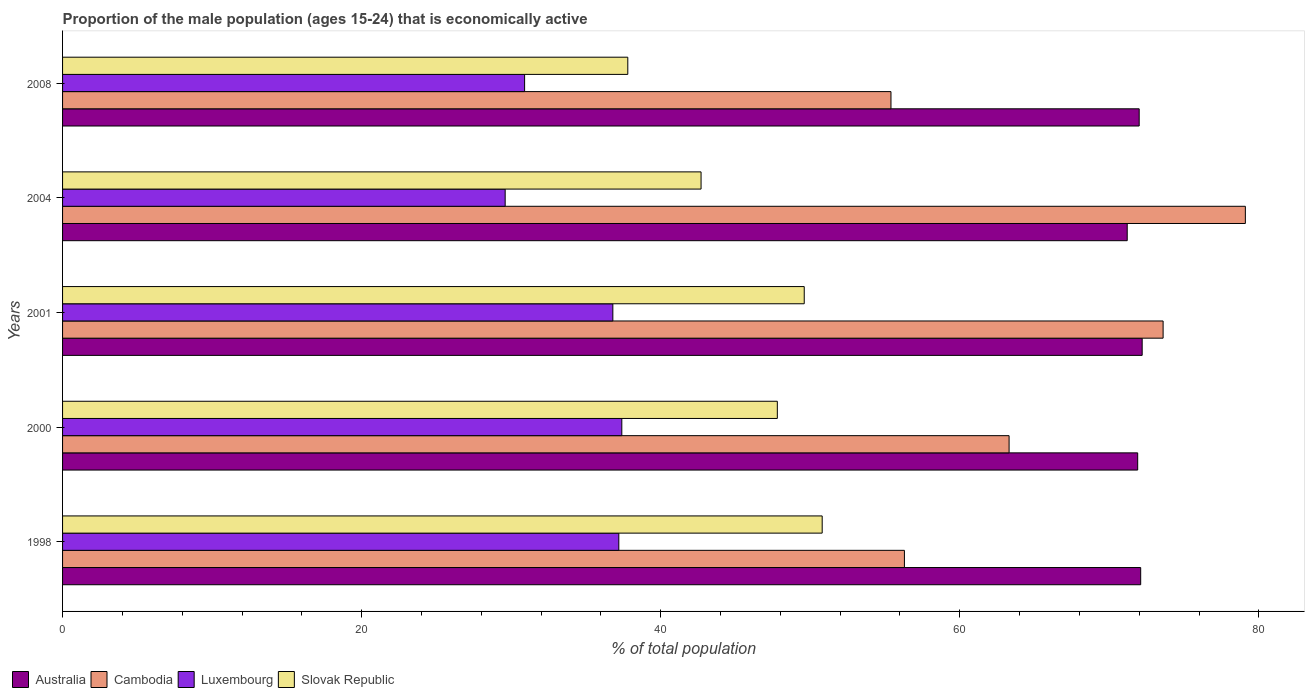
| Years | Australia | Cambodia | Luxembourg | Slovak Republic |
 | --- | --- | --- | --- | --- |
 | 1998 | 72.1 | 56.3 | 37.2 | 50.8 |
 | 2000 | 71.9 | 63.3 | 37.4 | 47.8 |
 | 2001 | 72.2 | 73.6 | 36.8 | 49.6 |
 | 2004 | 71.2 | 79.1 | 29.6 | 42.7 |
 | 2008 | 72 | 55.4 | 30.9 | 37.8 |